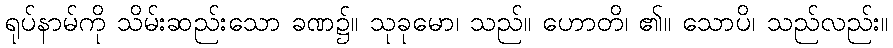
ရုပ်နာမ်ကို သိမ်းဆည်းသော ခဏ၌။ သုခုမော၊ သည်။ ဟောတိ၊ ၏။ သောပိ၊ သည်လည်း။